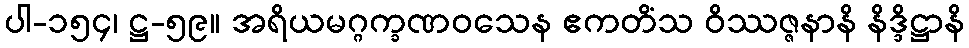
ပါ-၁၅၄၊ ဋ္ဌ-၅၉။ အရိယမဂ္ဂက္ခဏဝသေန ဧကတိံသ ဝိဿဇ္ဇနာနိ နိဒ္ဒိဋ္ဌာနိ